Papers set at the Examination for Leaving Certificates, 1892
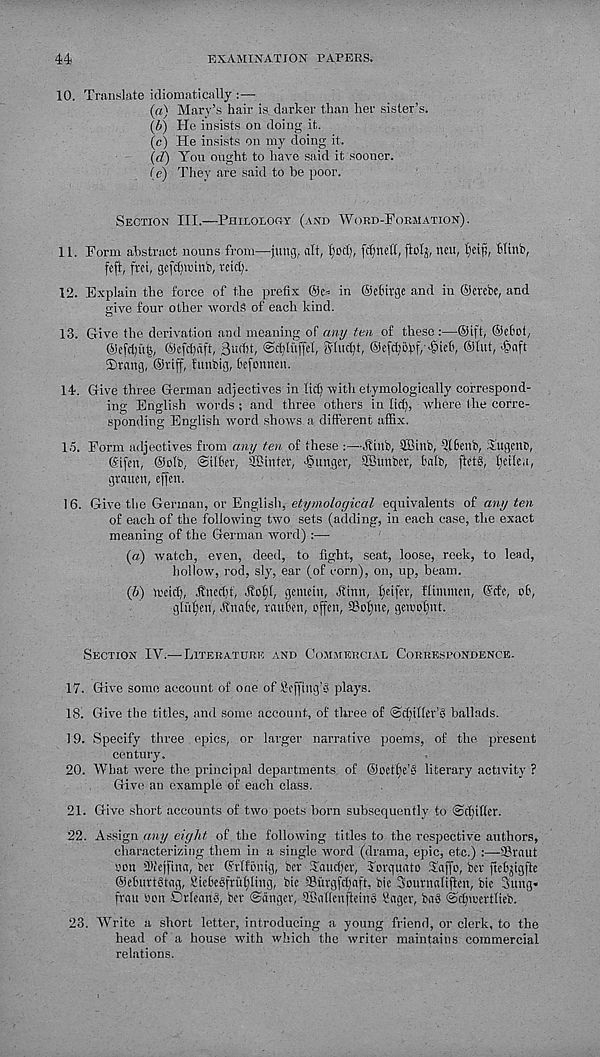
44
EXAMINATION PAPERS.
10. Transkite idiomatically :—
(a) Mary’s hair is darker than her sister’s.
(b) He insists on doing it.
(c) He insists on my doing it.
(d) You ought to have said it sooner.
(e) They are said to be poor.
Section III.—Philology (and Word-Formation).
11. Form abstract nouns from—jung, alt, lied;, fctjnctt, ftolj, neu, tjeip, Hinb,
feft, fret, gefdjtt'inb, retd).
12. Explain the force of the prefix ©e^ in ©el'trge and in ©crcbc, and
irive four other words of each kind.
13. Give the derivation and meaning of any ten of these:—©ift, ©ebot,
©efcijiU}, ©efdjaft, 3u(1)t, @d)litffel, glttdjt, ©ef^bbf/^ieh, ©lut, >§nft
©rang, ©riff, futtbig, befomien.
14. Give three German adjectives in ltd) rvith etymologically correspond-
ing English words ; and three others in ltd), where the corre-
sponding English word shows a different affix.
15. Form adjectives from any ten of these Jftttb, 9Binb, ?(6cttb, Sitgcno,
Gctfen, ©ttfb, ©ilher, SBinter, hunger, SBmtbcr, hatb, ftetS, tjeifca,
grauen, effett.
16. Give the German, or English, etymological equivalents of any ten
of each of the following two sets (adding, in each case, the exact
meaning of the German word) :—
(а) watch, even, deed, to fight, seat, loose, reek, to lead,
hollow, rod, sly, ear (of corn), on, up, beam.
(б) tretd), H'nedtt, .told, gemein, .Ktnn, f)eifer, ffimmett, (Me, of,
glitljett, Itnabc, raithen, rffett, ©oljttc, gemoljnt.
Section IV.— Literature and Commercial Correspondence.
17. Give some account of one of ilofftng y plays.
18. Give the titles, and some account, of three of @d)il(et'§ ballads.
19. Specify three epics, or larger narrative poems, of the present
century.
20. What were the principal departments of @oeff)e’§ literary activity ?
Give an example of each class.
21. Give short accounts of two poets born subsequently to @d)il(er.
22. Assign any eight of the following titles to the respective authors,
characterizing them in a single word (drama, epic, etc.) :—©taut
non SDtejfina, bet (frffonig, bet Taudtet, Torquato Yaffo, bet ftehjigfte
©ehuttStag, SieheSfrufdung, bie Simgfdiaft, bie Soutnalifien, bie 3ung«
frau bon DrteanA, bet ©dnget, ©atlenfteinS Saget, bag ©'dpoertlieb.
23. Write a short letter, introducing a young friend, or clerk, to the
head of a house with which the writer maintains commercial
relations.